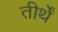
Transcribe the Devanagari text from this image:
तीर्थें